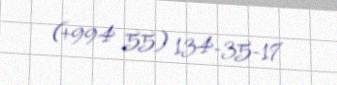
(+994 55) 134-35-17